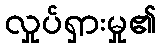
လှုပ်ရှားမှု၏